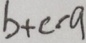
b + c - a